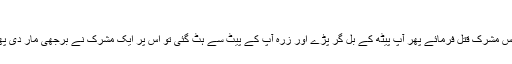
سید الشہداء حضرت حمزہ بن عبدالمطلب رضی اللہ عنہ​
علامہ ابن اثیر لکھتے ہیں کہ احد کے دن حضرت حمزہ رضی اللہ عنہ نے اکتیس مشرک قتل فرمائے پھر آپ پیٹھ کے بل گر پڑے اور زرہ آپ کے پیٹ سے ہٹ گئی تو اس پر ایک مشرک نے برجھی مار دی پھر ہندہ نے آپ کا پیٹ چاک کیا اور جگر کو نکال کر چبا لیا مگر نگل نہ سکی۔